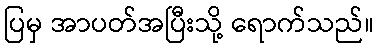
ပြမှ အာပတ်အပြီးသို့ ရောက်သည်။